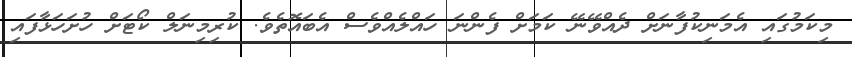
މިކަމުގައި އެމަނިކުފާނަށް ދެއްވޭނޭ ކަމަށް ފެންނަ ހައްލެއްވެސް އެބައޮތެވެ. ކުރިމިނަލް ކޯޓަށް ހުށަހަޅާފައި